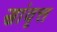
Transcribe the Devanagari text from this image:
सांवृत्त